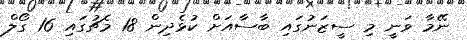
ނޭމާ ވަނީ މި ސީޒަނުގައި ބާސާއަށް ކުޅެދިން 18 މެޗުގައި 16 ގޯލް